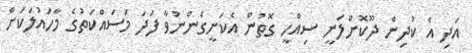
އަދި އެ ކުދިން ދޫކޮށްލަނީ ސިއްހީ ގޮތުން އެކަށީގެންނުވާ ފަދަ މަސައްކަތުގެ މާހައުލަކަށް